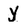
Character: y